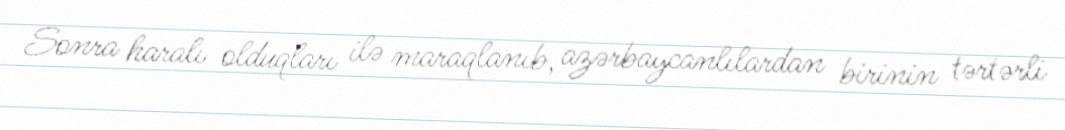
Sonra haralı olduqları ilə maraqlanıb, azərbaycanlılardan birinin tərtərli